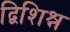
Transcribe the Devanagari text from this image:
द्विशिश्न